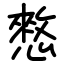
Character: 憖